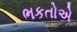
ભકતોએ